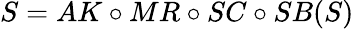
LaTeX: S=AK\circ MR\circ SC\circ SB(S)